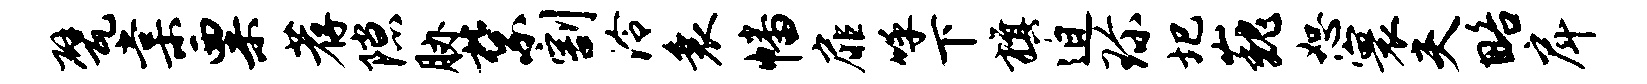
甓棠粟荐隙胁禁割泠衰幡扉呼下旗迫珍圯巍恕寰夫略戽